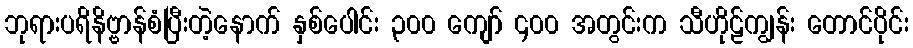
ဘုရားပရိနိဗ္ဗာန်စံပြီးတဲ့နောက် နှစ်ပေါင်း ၃၀၀ ကျော် ၄၀၀ အတွင်းက သီဟိုဠ်ကျွန်း တောင်ပိုင်း